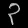
Digit: ၃